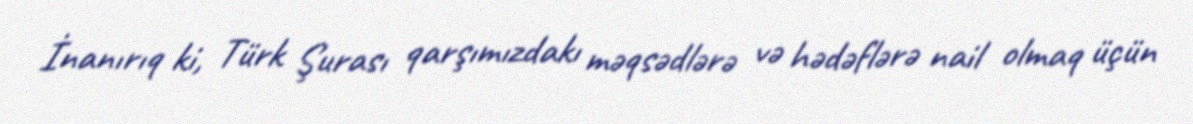
İnanırıq ki, Türk Şurası qarşımızdakı məqsədlərə və hədəflərə nail olmaq üçün